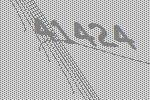
41424